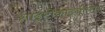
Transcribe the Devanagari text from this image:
साइटोकाइनीसिस